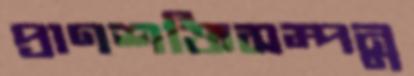
প্রাণশক্তিসম্পন্ন